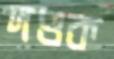
দণ্ডক